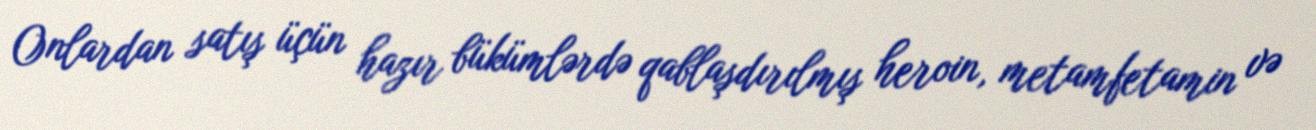
Onlardan satış üçün hazır bükümlərdə qablaşdırılmış heroin, metamfetamin və